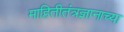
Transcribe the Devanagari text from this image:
माहितीतंत्रज्ञानाच्या